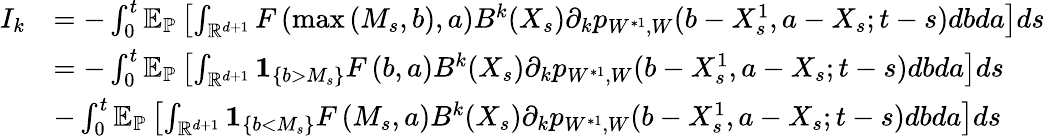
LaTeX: \begin{array}{rl}{I_{k}}&{=-\int_{0}^{t}{\mathbb E}_{\mathbb{P}}\left[\int_{{\mathbb R}^{d+1}}F\left(\operatorname*{max}\left(M_{s},b\right),a\right)B^{k}(X_{s})\partial_{k}p_{W^{*1},W}(b-{X_{s}^{1}},a-X_{s};t-s)dbda\right]ds}\\ &{=-\int_{0}^{t}{\mathbb E}_{\mathbb{P}}\left[\int_{{\mathbb R}^{d+1}}{\mathbf 1}_{\{ b>M_{s}\} }F\left(b,a\right)B^{k}(X_{s})\partial_{k}p_{W^{*1},W}(b-{X_{s}^{1}},a-X_{s};t-s)dbda\right]ds}\\ &{-\int_{0}^{t}{\mathbb E}_{\mathbb{P}}\left[\int_{{\mathbb R}^{d+1}}{\mathbf 1}_{\{ b<M_{s}\} }F\left(M_{s},a\right)B^{k}(X_{s})\partial_{k}p_{W^{*1},W}(b-{X_{s}^{1}},a-X_{s};t-s)dbda\right]ds}\end{array}